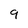
Character: 9